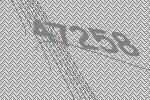
47258